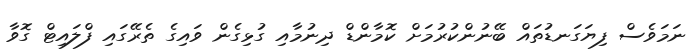
ނަމަވެސް ފިޔަގަނޑުތައް ބޭނުންކުރުމަށް ކޮމާންޑް ދިނުމާއި ގުޅިގެން ވައިގެ ތެރޭގައި ފްލައިޓް ގޮވާ